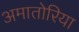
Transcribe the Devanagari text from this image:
अमातोरिया